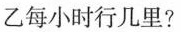
乙每小时行几里？